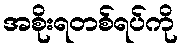
အစိုးရတစ်ရပ်ကို